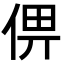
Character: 㑭